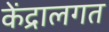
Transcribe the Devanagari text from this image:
केंद्रालगत